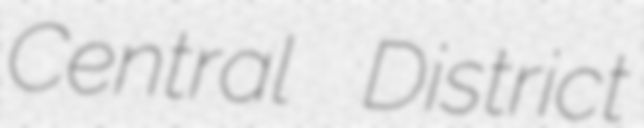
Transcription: Central District